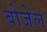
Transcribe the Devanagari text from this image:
बोजेल